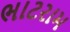
ભાટરામ